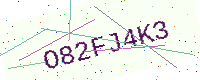
Text: O82FJ4K3